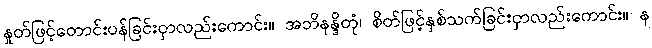
နှုတ်ဖြင့်တောင်းပန်ခြင်းငှာလည်းကောင်း။ အဘိနန္ဒိတုံ၊ စိတ်ဖြင့်နှစ်သက်ခြင်းငှာလည်းကောင်း။ န